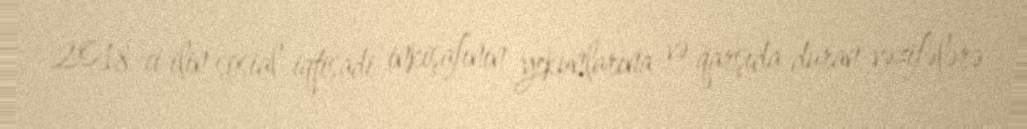
2018-ci ilin sosial-iqtisadi inkişafının yekunlarına və qarşıda duran vəzifələrə